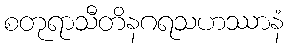
စတုရာသီတိနဂရသဟဿာနံ